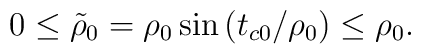
0\leq\tilde{\rho}_0=\rho_0\sin\left(t_{c0}/\rho_0\right)\leq\rho_0 .